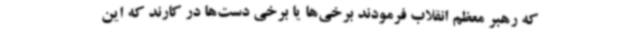
که رهبر معظم انقلاب فرمودند برخی‌ها یا برخی دست‌ها در کارند که این